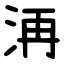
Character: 洅